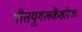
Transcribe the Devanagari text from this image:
गीतयुगलकैशोरकः